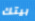
بيتك